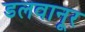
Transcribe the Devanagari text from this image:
डलवानूर